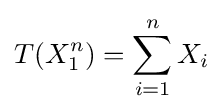
T(X_{1}^{n})=\sum _{i=1}^{n}X_{i}